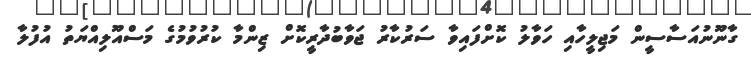
ގާނޫނުއަސާސީން މަޖިލީހާއި ހަވާލު ކޮށްފައިވާ ސަރުކާރު ޖަވާބުދާރީކޮށް ޒިންމާ ކުރުވުމުގެ މަސްއޫލިއްޔަތު އުފުލާ